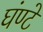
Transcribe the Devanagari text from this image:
घंण्टे